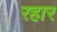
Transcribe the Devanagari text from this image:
रहार